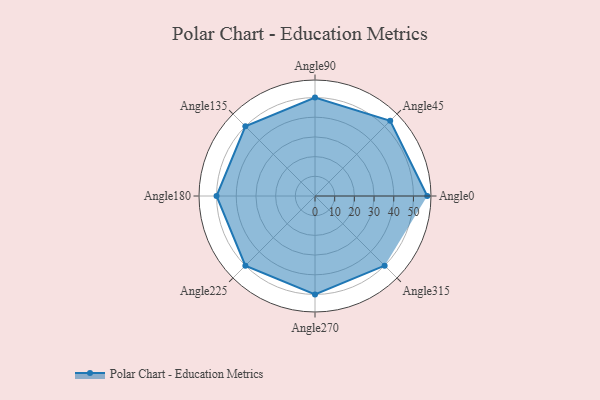
{"axis": {"x": "Angle", "y": "Radius"}, "legend": [""], "data": [{"x": "Angle0", "y": 57.0, "type": ""}, {"x": "Angle45", "y": 54.0, "type": ""}, {"x": "Angle90", "y": 50, "type": ""}, {"x": "Angle135", "y": 50, "type": ""}, {"x": "Angle180", "y": 50, "type": ""}, {"x": "Angle225", "y": 50, "type": ""}, {"x": "Angle270", "y": 50.0, "type": ""}, {"x": "Angle315", "y": 50, "type": ""}]}